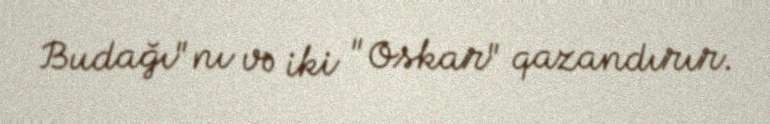
Budağı"nı və iki "Oskar" qazandırır.